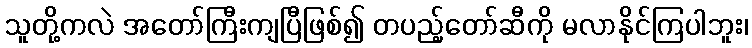
သူတို့ကလဲ အတော်ကြီးကျပြီဖြစ်၍ တပည့်တော်ဆီကို မလာနိုင်ကြပါဘူး၊